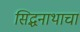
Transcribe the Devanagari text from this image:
सिद्धनाथाचा